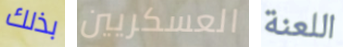
بذلك العسكريين اللعنة